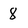
Character: 8